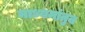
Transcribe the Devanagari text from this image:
माध्यमांतुन